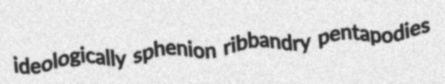
ideologically sphenion ribbandry pentapodies